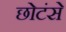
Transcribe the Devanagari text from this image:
छोटंसे